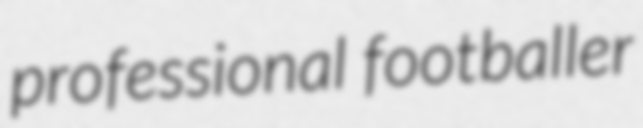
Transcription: professional footballer